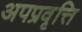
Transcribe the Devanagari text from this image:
अपप्रवृत्ति